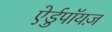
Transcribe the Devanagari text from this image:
ऐर्डुपॉयज़